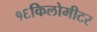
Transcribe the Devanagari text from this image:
१६किलोमीटर